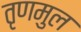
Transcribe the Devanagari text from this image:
तृणमुल